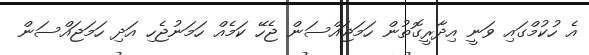
އެ ހުކުމްގައި ވަނީ އިދާރީގޮތުން ހަމަޖައްސަން ޖެހޭ ކަމެއް ހަމަނުޖެހި އަދި ހަމަޖައްސަން